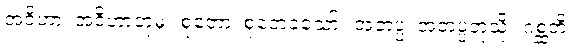
အဝိဟာ၊ အဝိဟာဘုံမှ။ စုတော၊ စုတေခဲ့သော်။ အတပ္ပံ၊ အတပ္ပဘုံသို့။ ဂစ္ဆတိ၊